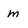
Character: m